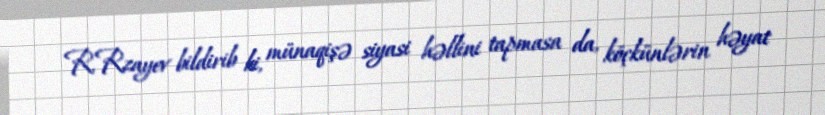
R.Rzayev bildirib ki, münaqişə siyasi həllini tapmasa da, köçkünlərin həyat